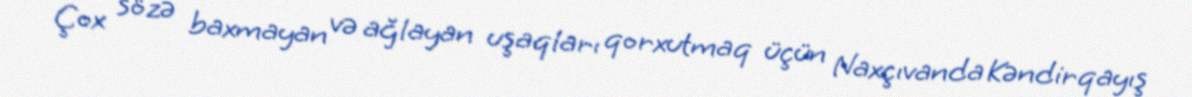
Çox sözə baxmayan və ağlayan uşaqları qorxutmaq üçün Naxçıvanda Kəndirqayış